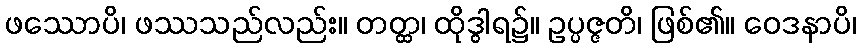
ဖဿောပိ၊ ဖဿသည်လည်း။ တတ္ထ၊ ထိုဒွါရ၌။ ဥပ္ပဇ္ဇတိ၊ ဖြစ်၏။ ဝေဒနာပိ၊